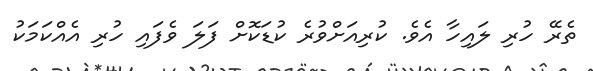
ތެރޭ ހުރި ލައިހާ އެވެ. ކުރިއަށްވުރެ ކުޑަކޮށް ފަލަ ވެފައި ހުރި އެއްކަމަކު